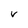
Character: V